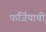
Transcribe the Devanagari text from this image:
फर्जियाची